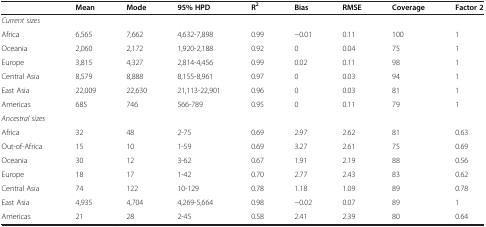
<table><thead><tr><td><b> </b></td><td><b>Mean</b></td><td><b>Mode</b></td><td><b>95% HPD</b></td><td><b>R<sup>2</sup></b></td><td><b>Bias</b></td><td><b>RMSE</b></td><td><b>Coverage</b></td><td><b>Factor 2</b></td></tr></thead><tbody><tr><td><i>Current sizes</i></td><td> </td><td> </td><td> </td><td> </td><td> </td><td> </td><td> </td><td> </td></tr><tr><td>Africa</td><td>6,565</td><td>7,662</td><td>4,632-7,898</td><td>0.99</td><td>−0.01</td><td>0.11</td><td>100</td><td>1</td></tr><tr><td>Oceania</td><td>2,060</td><td>2,172</td><td>1,920-2,188</td><td>0.92</td><td>0</td><td>0.04</td><td>75</td><td>1</td></tr><tr><td>Europe</td><td>3,815</td><td>4,327</td><td>2,814-4,456</td><td>0.99</td><td>0.02</td><td>0.11</td><td>98</td><td>1</td></tr><tr><td>Central Asia</td><td>8,579</td><td>8,888</td><td>8,155-8,961</td><td>0.97</td><td>0</td><td>0.03</td><td>94</td><td>1</td></tr><tr><td>East Asia</td><td>22,009</td><td>22,630</td><td>21,113-22,901</td><td>0.96</td><td>0</td><td>0.03</td><td>81</td><td>1</td></tr><tr><td>Americas</td><td>685</td><td>746</td><td>566-789</td><td>0.95</td><td>0</td><td>0.11</td><td>79</td><td>1</td></tr><tr><td><i>Ancestral sizes</i></td><td> </td><td> </td><td> </td><td> </td><td> </td><td> </td><td> </td><td> </td></tr><tr><td>Africa</td><td>32</td><td>48</td><td>2-75</td><td>0.69</td><td>2.97</td><td>2.62</td><td>81</td><td>0.63</td></tr><tr><td>Out-of-Africa</td><td>15</td><td>10</td><td>1-59</td><td>0.69</td><td>3.27</td><td>2.61</td><td>75</td><td>0.69</td></tr><tr><td>Oceania</td><td>30</td><td>12</td><td>3-62</td><td>0.67</td><td>1.91</td><td>2.19</td><td>88</td><td>0.56</td></tr><tr><td>Europe</td><td>18</td><td>17</td><td>1-42</td><td>0.70</td><td>2.77</td><td>2.43</td><td>83</td><td>0.62</td></tr><tr><td>Central Asia</td><td>74</td><td>122</td><td>10-129</td><td>0.78</td><td>1.18</td><td>1.09</td><td>89</td><td>0.78</td></tr><tr><td>East Asia</td><td>4,935</td><td>4,704</td><td>4,269-5,664</td><td>0.98</td><td>−0.02</td><td>0.07</td><td>89</td><td>1</td></tr><tr><td>Americas</td><td>21</td><td>28</td><td>2-45</td><td>0.58</td><td>2.41</td><td>2.39</td><td>80</td><td>0.64</td></tr></tbody></table>